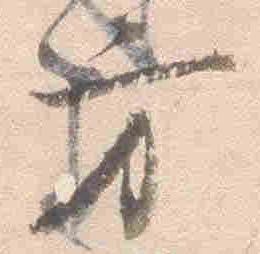
方